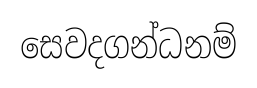
සෙවදගන්ධනම්